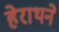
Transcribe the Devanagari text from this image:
हेराथने